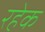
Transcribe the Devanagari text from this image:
रहेक